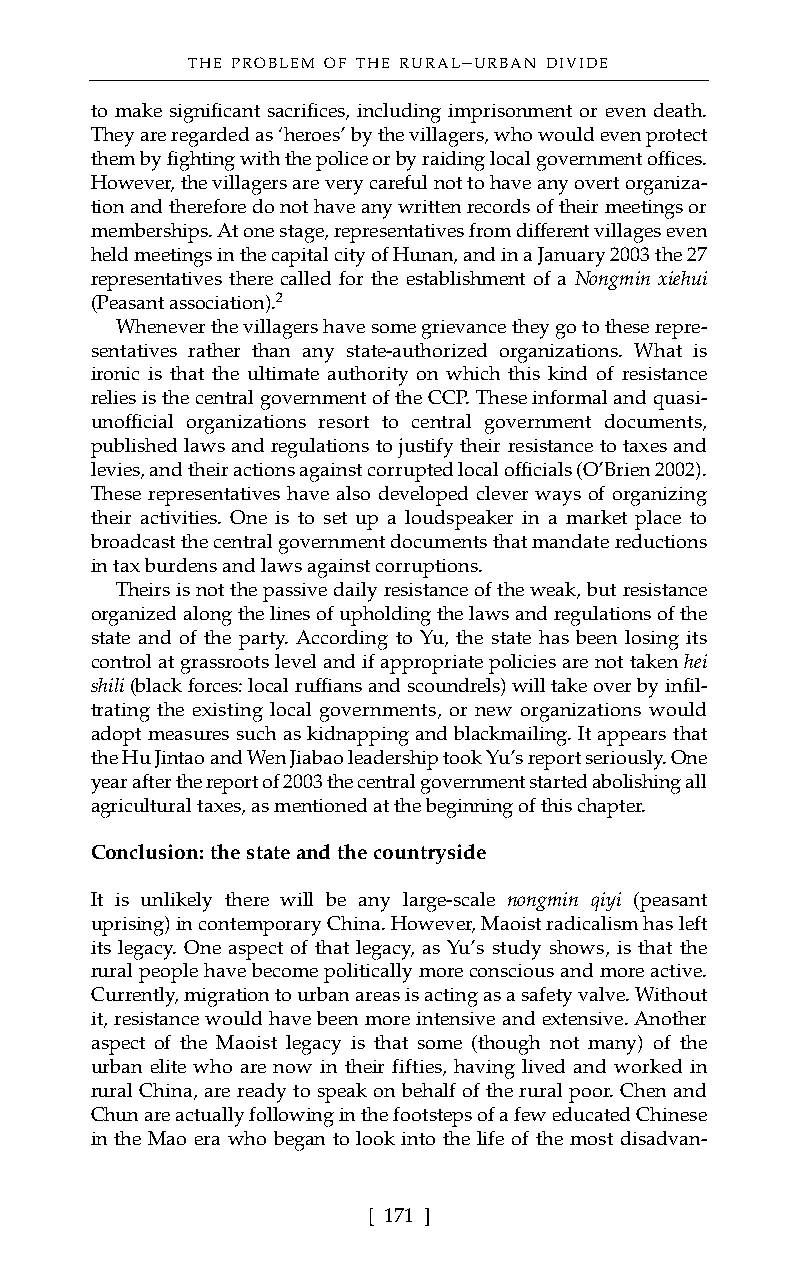
THE PROBLEM OF THE RURAL–URBAN DIVIDE
 to make significant sacrifices, including imprisonment or even death.
 They are regarded as ‘heroes’ by the villagers, who would even protect
 them by fighting with the police or by raiding local government offices.
 However, the villagers are very careful not to have any overt organiza-
 tion and therefore do not have any written records of their meetings or
 memberships. At one stage, representatives from different villages even
 held meetings in the capital city of Hunan, and in a January 2003 the 27
 representatives there called for the establishment of a Nongmin xiehui
 (Peasant association).2
 Whenever the villagers have some grievance they go to these repre-
 sentatives rather than any state-authorized organizations. What is
 ironic is that the ultimate authority on which this kind of resistance
 relies is the central government of the CCP. These informal and quasi-
 unofficial organizations resort to central government documents,
 published laws and regulations to justify their resistance to taxes and
 levies, and their actions against corrupted local officials (O’Brien 2002).
 These representatives have also developed clever ways of organizing
 their activities. One is to set up a loudspeaker in a market place to
 broadcast the central government documents that mandate reductions
 in tax burdens and laws against corruptions.
 Theirs is not the passive daily resistance of the weak, but resistance
 organized along the lines of upholding the laws and regulations of the
 state and of the party. According to Yu, the state has been losing its
 control at grassroots level and if appropriate policies are not taken hei
 shili (black forces: local ruffians and scoundrels) will take over by infil-
 trating the existing local governments, or new organizations would
 adopt measures such as kidnapping and blackmailing. It appears that
 the Hu Jintao and Wen Jiabao leadership took Yu’s report seriously. One
 year after the report of 2003 the central government started abolishing all
 agricultural taxes, as mentioned at the beginning of this chapter.
 Conclusion: the state and the countryside
 It is unlikely there will be any large-scale nongmin qiyi (peasant
 uprising) in contemporary China. However, Maoist radicalism has left
 its legacy. One aspect of that legacy, as Yu’s study shows, is that the
 rural people have become politically more conscious and more active.
 Currently, migration to urban areas is acting as a safety valve. Without
 it, resistance would have been more intensive and extensive. Another
 aspect of the Maoist legacy is that some (though not many) of the
 urban elite who are now in their fifties, having lived and worked in
 rural China, are ready to speak on behalf of the rural poor. Chen and
 Chun are actually following in the footsteps of a few educated Chinese
 in the Mao era who began to look into the life of the most disadvan-
 [ 171 ]